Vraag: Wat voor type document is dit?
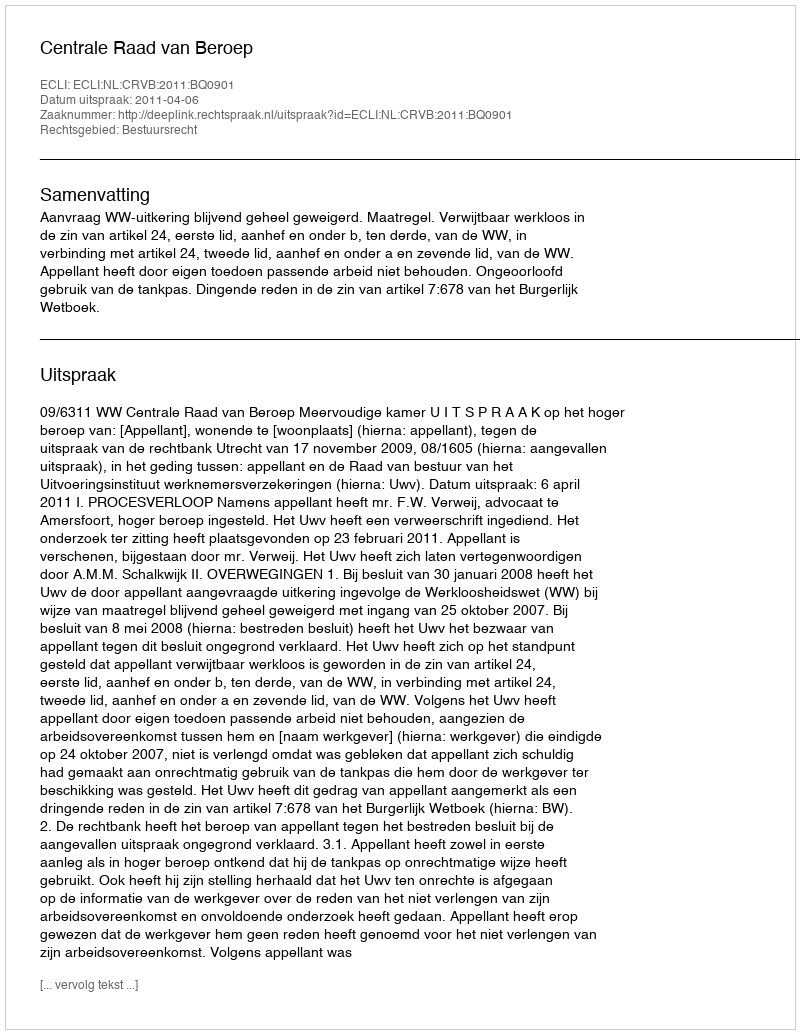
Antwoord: Uitspraak